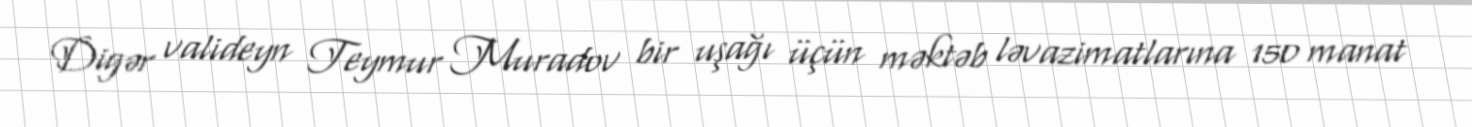
Digər valideyn Teymur Muradov bir uşağı üçün məktəb ləvazimatlarına 150 manat